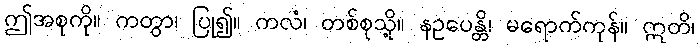
ဤအစုကို။ ကတွာ၊ ပြု၍။ ကလံ၊ တစ်စုသို့။ နဥပေန္တိ၊ မရောက်ကုန်။ ဣတိ၊